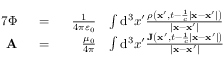
\begin{array} { r l r l } { { 7 } \Phi } & { ~ ~ = ~ ~ } & { \frac { 1 } { 4 \pi \varepsilon _ { 0 } } } & { \int \mathrm { d } ^ { 3 } x ^ { \prime } \frac { \rho \left( \mathbf { x ^ { \prime } } , t - \frac { 1 } { c } | \mathbf { x } - \mathbf { x ^ { \prime } } | \right) } { | \mathbf { x } - \mathbf { x ^ { \prime } } | } } \\ { \mathbf { A } } & { ~ ~ = ~ ~ } & { \frac { \mu _ { 0 } } { 4 \pi } } & { \int \mathrm { d } ^ { 3 } x ^ { \prime } \frac { \mathbf { J } \left( \mathbf { x ^ { \prime } } , t - \frac { 1 } { c } | \mathbf { x } - \mathbf { x ^ { \prime } } | \right) } { \left| \mathbf { x } - \mathbf { x ^ { \prime } } \right| } } \end{array}